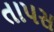
તાપસ